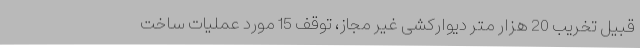
قبیل تخریب 20 هزار متر دیوارکشی غیر مجاز، توقف 15 مورد عملیات ساخت